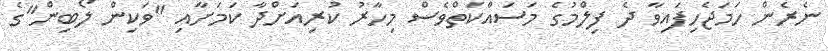
ނެރެން ހަމަޖެހިފައިވާ ދެ ފިލްމުގެ މަސައްކަތްވެސް މިހާރު ކުރިއަށްދާ ކަމަށާއި "ވަކިން ލޯބިން"ގެ